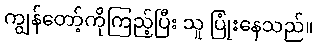
ကျွန်တော့်ကိုကြည့်ပြီး သူ ပြုံးနေသည်။